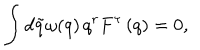
LaTeX: \int d \tilde { q } \omega ( q ) \, q ^ { r } F ^ { \tau } \left( q \right) = 0 ,